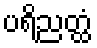
ပရိညတ္ထံ